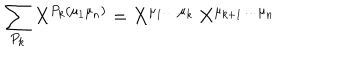
\sum _ { P _ { k } } X ^ { P _ { k } ( \mu _ { 1 } \mu _ { n } ) } = X ^ { \mu _ { 1 } \ldots \mu _ { k } } \, X ^ { \mu _ { k + 1 } \ldots \mu _ { n } }